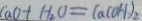
C a 0 + H _ { 2 } O = C a ( O H ) _ { 2 }